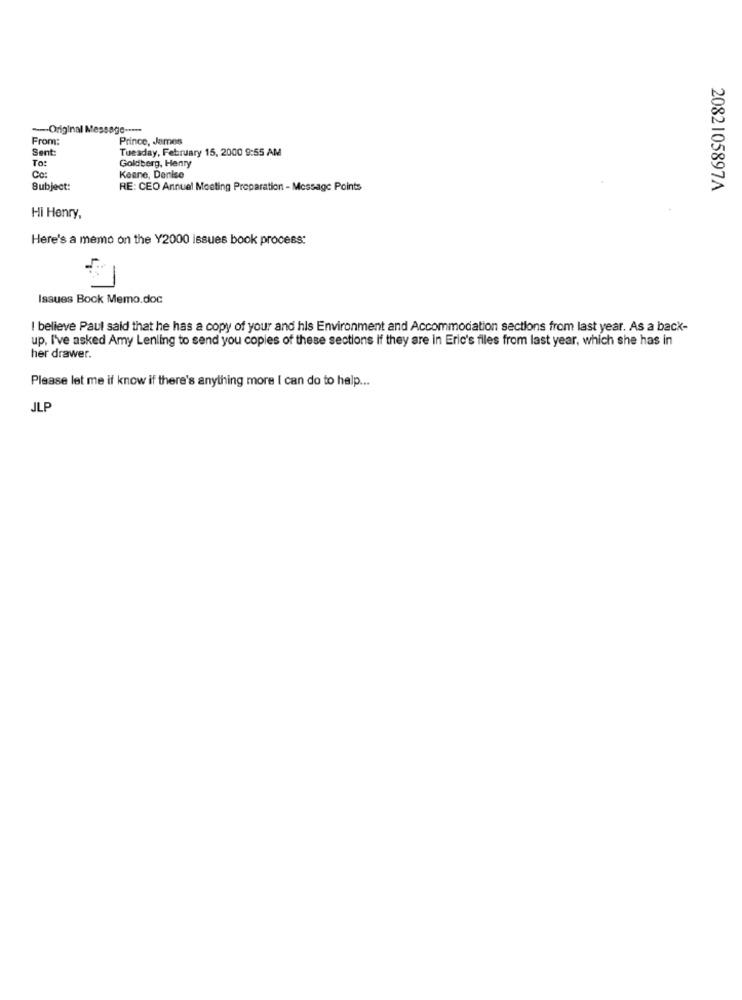
---- Original Me
essage -****
From:
Prince, James
Sent:
Tuesday, February 15, 2000 9:55 AM
Goldberg, Henry
To:
Cc:
Keane, Denise
Subject:
RE: CEO Annual Meeting Preparation - Message Points
2082105897A
Hi Henry,
Here's a memo on the Y2000 issues book process:
Issues Book Memo.doc
I believe Paul said that he has a copy of your and his Environment and Accommodation sections from last year. As a back-
up, I've asked Amy Lenling to send you copies of these sections if they are in Eric's files from last year, which she has in
her drawer.
Please let me if know if there's anything more I can do to help ...
JLP